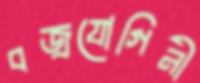
বজ্রযোগিনী